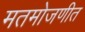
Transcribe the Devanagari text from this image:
मतमोजणीत